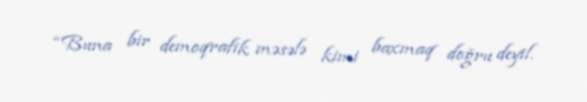
“Buna bir demoqrafik məsələ kimi baxmaq doğru deyil.